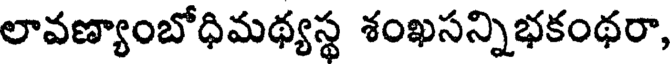
లావణ్యాంబోధిమథ్యస్థ శంఖసన్నిభకంథరా,